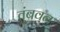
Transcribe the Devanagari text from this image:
तुंबवन